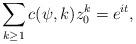
LaTeX: \begin{align*}\sum_{k \geq 1} c(\psi, k) z_0^k = e^{it},\end{align*}